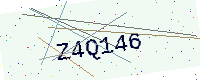
Text: Z4Q146